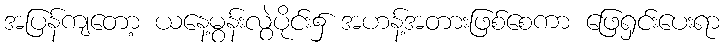
အပြန်ကျတော့ ယနေ့မွန်းလွဲပိုင်း၌ အဟန့်အတားဖြစ်စေကာ ဖြေရှင်းပေးရာ